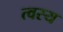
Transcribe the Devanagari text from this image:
त्वस्य